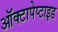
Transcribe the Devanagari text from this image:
ऑक्टापेप्टाइड